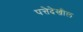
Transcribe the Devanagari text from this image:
पत्तेदेखील